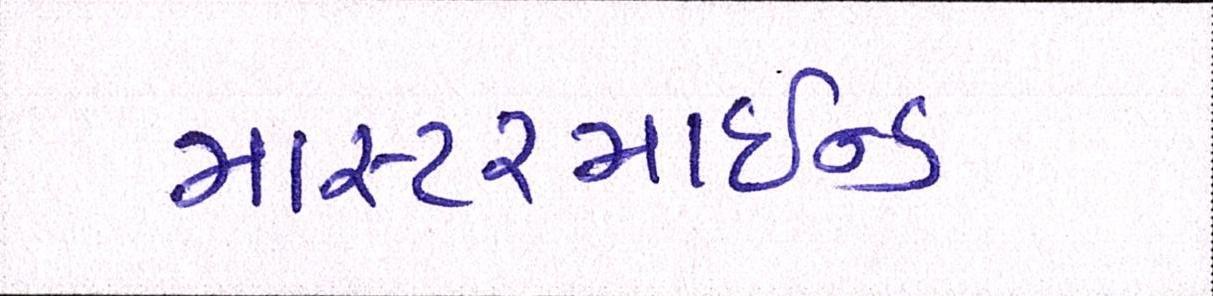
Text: માસ્ટરમાઈન્ડ